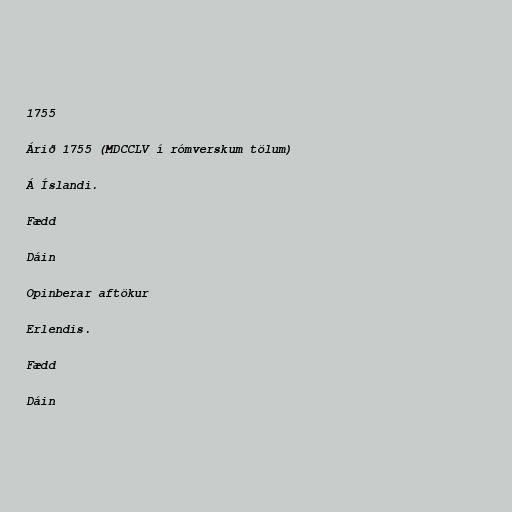
1755

Árið 1755 (MDCCLV í rómverskum tölum)

Á Íslandi.

Fædd

Dáin

Opinberar aftökur

Erlendis.

Fædd

Dáin